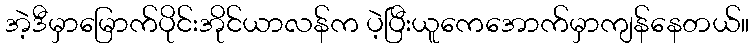
အဲ့ဒီမှာမြောက်ပိုင်းအိုင်ယာလန်က ပဲ့ပြီးယူကေအောက်မှာကျန်နေတယ်။